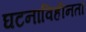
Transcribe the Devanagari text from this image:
घटनाविहीनता